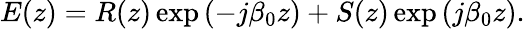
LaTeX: E(z)=R(z)\exp\left(-j\beta_{0}z\right)+S(z)\exp\left(j\beta_{0}z\right).